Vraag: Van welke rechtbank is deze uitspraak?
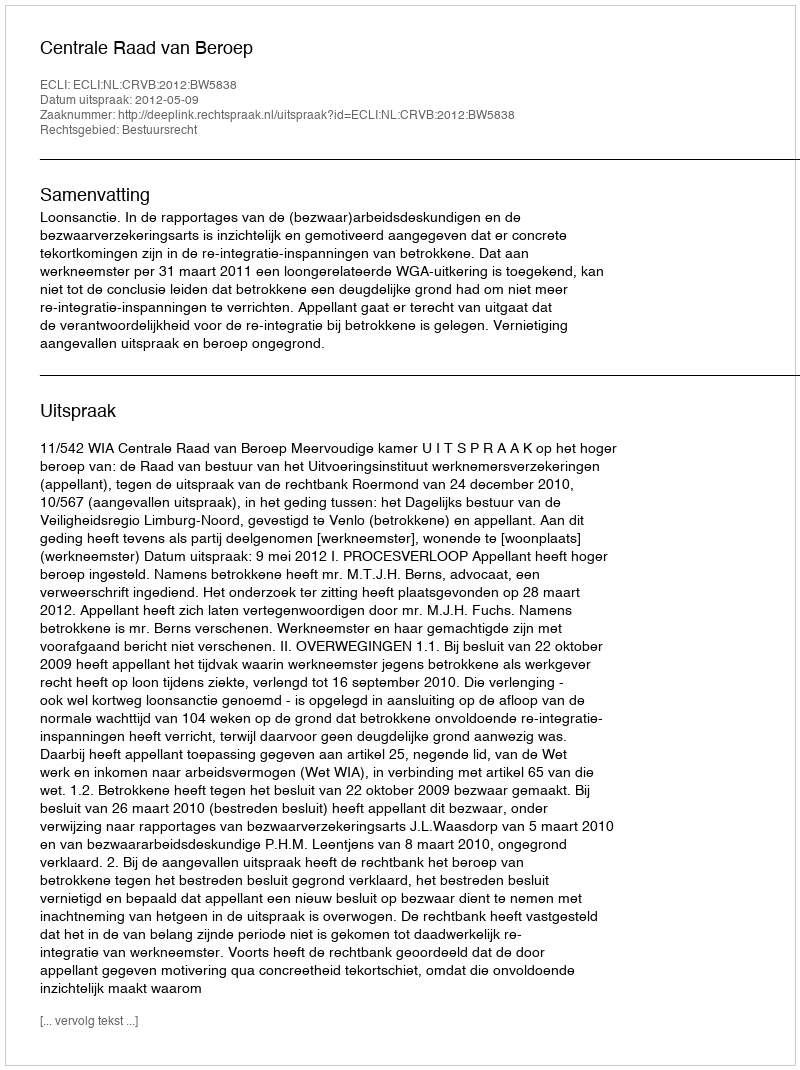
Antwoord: Centrale Raad van Beroep